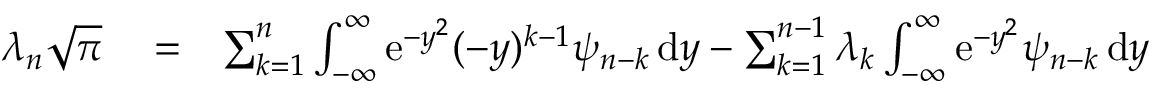
\begin{array} { r l r } { \lambda _ { n } \sqrt { \pi } } & { { } = } & { \sum _ { k = 1 } ^ { n } \int _ { - \infty } ^ { \infty } \mathrm { e } ^ { - y ^ { 2 } } ( - y ) ^ { k - 1 } \psi _ { n - k } \, \mathrm { d } y - \sum _ { k = 1 } ^ { n - 1 } \lambda _ { k } \int _ { - \infty } ^ { \infty } \mathrm { e } ^ { - y ^ { 2 } } \psi _ { n - k } \, \mathrm { d } y } \end{array}